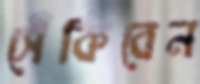
সেঁকিবেন